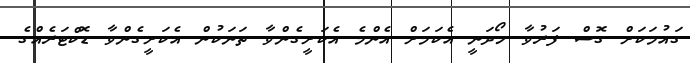
ގައުމަކަށް ގޮސް ފަރުވާ ހޯދަނީ އެކަމަށް އެންމެ އެކަށީގެންވާ ތަނަކުން އެކަށީގެންވާ ޑޮކްޓަރެއްގެ